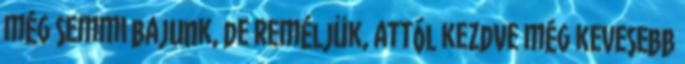
még semmi bajunk, de reméljük, attól kezdve még kevesebb